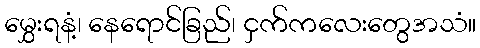
မွှေးရနံ့၊ နေရောင်ခြည်၊ ငှက်ကလေးတွေအသံ။